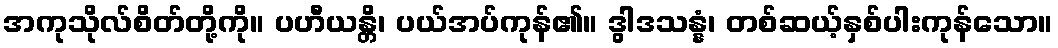
အကုသိုလ်စိတ်တို့ကို။ ပဟီယန္တိ၊ ပယ်အပ်ကုန်၏။ ဒွါဒသန္နံ၊ တစ်ဆယ့်နှစ်ပါးကုန်သော။